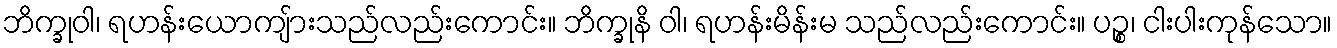
ဘိက္ခုဝါ၊ ရဟန်းယောကျ်ားသည်လည်းကောင်း။ ဘိက္ခုနိ ဝါ၊ ရဟန်းမိန်းမ သည်လည်းကောင်း။ ပဉ္စ၊ ငါးပါးကုန်သော။